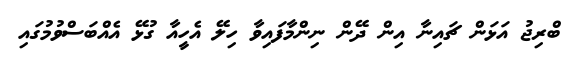
ބްރިޖު އަޅަން ޗައިނާ އިން ދޭން ނިންމާފައިވާ ހިލޭ އެހީއާ ގުޅޭ އެއްބަސްވުމުގައި